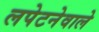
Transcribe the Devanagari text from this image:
लपेटनेवाले